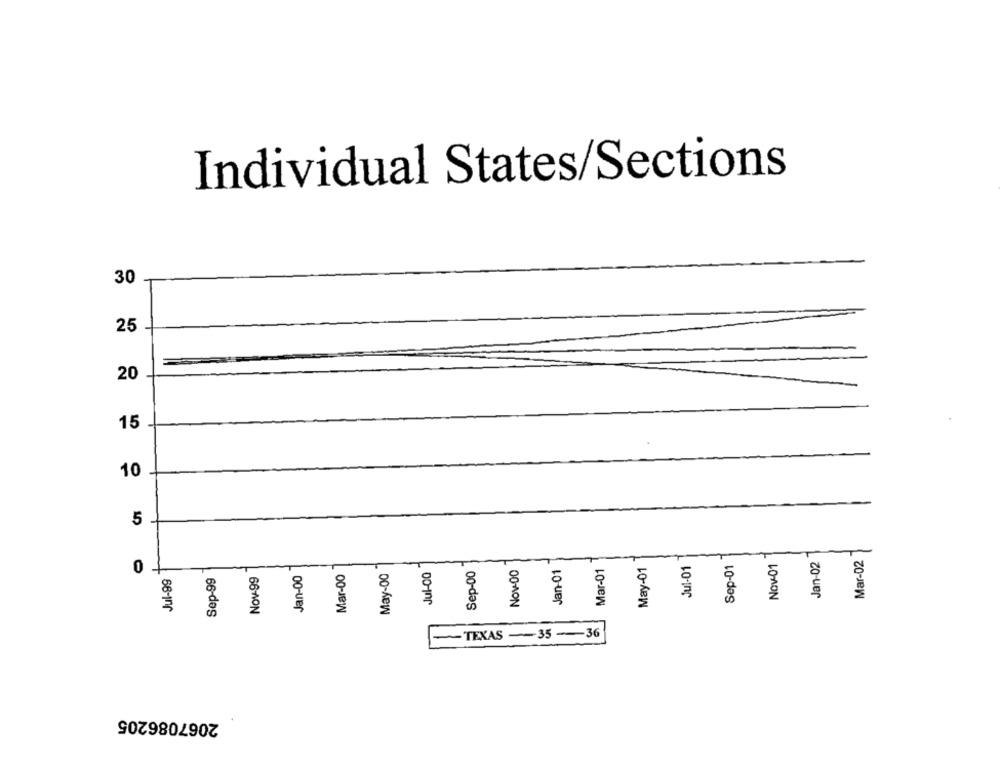
Individual States/Sections
30
25
20
15
10
5
Sep-01
Nov-01
Jan-02
Mar-02
May-00
Jul-00
Sep-00
Nov-00
Jan-01
Mar-01
May-01
Jul-01
0
Sep-99
Nov-99
Jan-00
Mar-00
Jul-99
TEXAS -35-36
2067086205